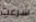
شرعت